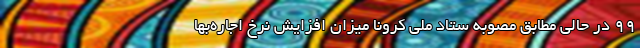
99 در حالی مطابق مصوبه ستاد ملی کرونا میزان افزایش نرخ اجاره‌بها